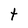
Character: t